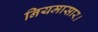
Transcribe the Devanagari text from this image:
नियमासार।